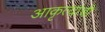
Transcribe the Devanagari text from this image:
आकृत्यांची